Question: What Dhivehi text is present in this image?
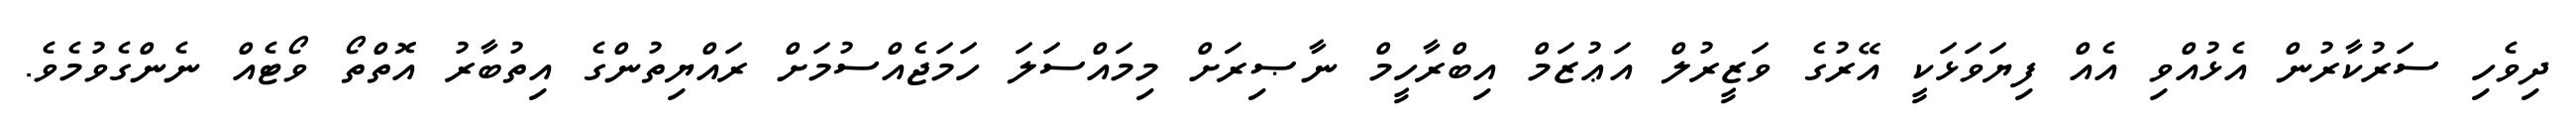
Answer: ދިވެހި ސަރުކާރުން އެޅުއްވި އެއް ފިޔަވަޅަކީ އޭރުގެ ވަޒީރުލް އަޢުޒަމް އިބްރާހީމް ނާޞިރަށް މިމައްސަލަ ހަމަޖެއްސުމަށް ރައްޔިތުންގެ އިތުބާރު އޮތްތޯ ވޯޓެއް ނެންގެވުމެވެ.